Civil Veterinary Dept. North-West Frontier Province 1901-22 - 1901-1922
Year: 1901
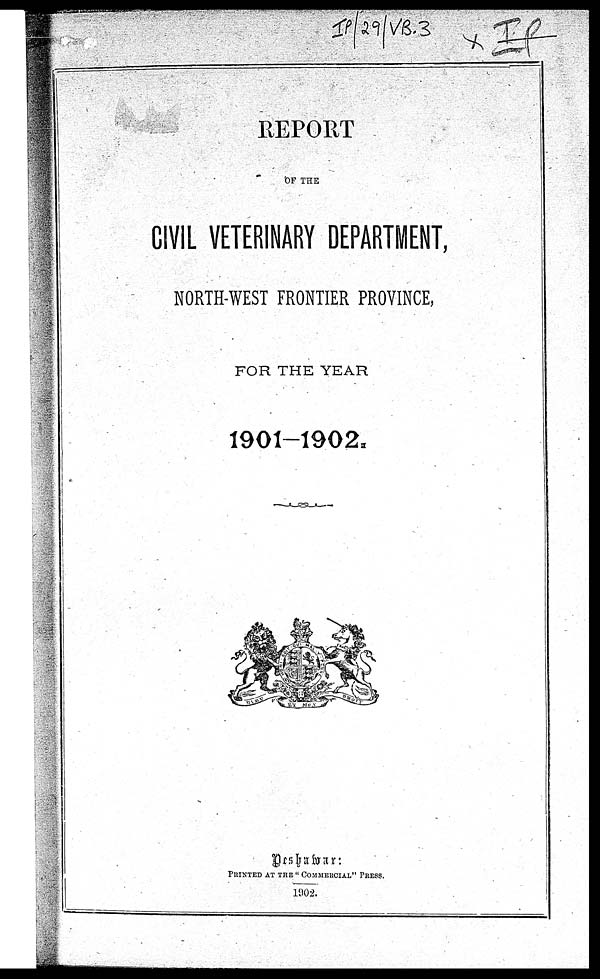
REPORT
OF THE
CIVIL VETERINARY DEPARTMENT,
NORTH-WEST FRONTIER PROVINCE,
FOR THE YEAR
1901-1902.
Peshawar :
PRINTED AT THE " COMMERCIAL " PRESS.
1902.